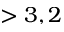
> 3 , 2